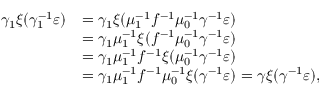
\begin{array} { r l } { \gamma _ { 1 } \xi ( \gamma _ { 1 } ^ { - 1 } \varepsilon ) } & { = \gamma _ { 1 } \xi ( \mu _ { 1 } ^ { - 1 } f ^ { - 1 } \mu _ { 0 } ^ { - 1 } \gamma ^ { - 1 } \varepsilon ) } \\ & { = \gamma _ { 1 } \mu _ { 1 } ^ { - 1 } \xi ( f ^ { - 1 } \mu _ { 0 } ^ { - 1 } \gamma ^ { - 1 } \varepsilon ) } \\ & { = \gamma _ { 1 } \mu _ { 1 } ^ { - 1 } f ^ { - 1 } \xi ( \mu _ { 0 } ^ { - 1 } \gamma ^ { - 1 } \varepsilon ) } \\ & { = \gamma _ { 1 } \mu _ { 1 } ^ { - 1 } f ^ { - 1 } \mu _ { 0 } ^ { - 1 } \xi ( \gamma ^ { - 1 } \varepsilon ) = \gamma \xi ( \gamma ^ { - 1 } \varepsilon ) , } \end{array}